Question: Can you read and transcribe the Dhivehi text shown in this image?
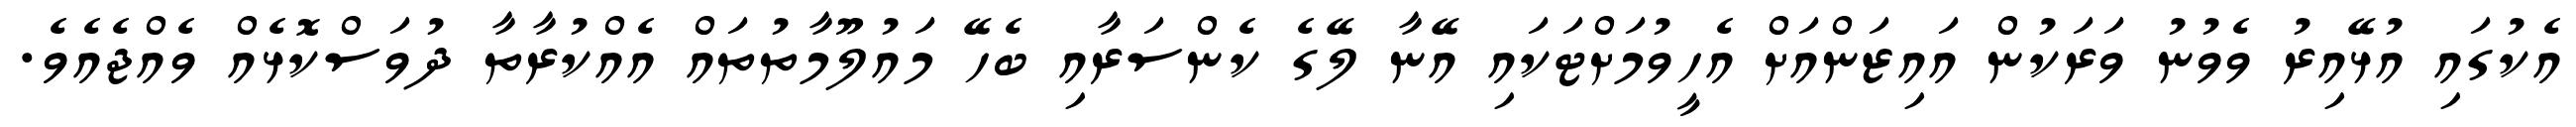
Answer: އެކުގައި އުޅޭއިރު ވެވުނު ވަރަކުން އައިޒަންއަށް އެހީވުމަށްޓަކައި އޭނާ ލޭގެ ކެންސަރާއި ބެހޭ މައުލޫމާތުތައް އެއްކުރާތާ ދުވަސްކޮޅެއް ވެއްޖެއެވެ.